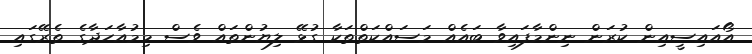
އޯއައިސީއިން ކުރަން ނިންމާފައިވާ ބައެއް މަސައްކަތްތަކާ ގުޅޭ ލިޔުންތައް ވެސް މިމުއާހަދާގެ ތެރޭގައި